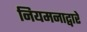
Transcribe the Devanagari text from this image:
नियमनाद्वारे